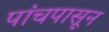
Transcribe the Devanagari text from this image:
पांचपासून